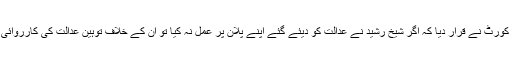
سپریم کورٹ نے قرار دیا کہ اگر شیخ رشید نے عدالت کو دیئے گئے اپنے پلان پر عمل نہ کیا تو ان کے خلاف توہین عدالت کی کارروائی ہوگی۔